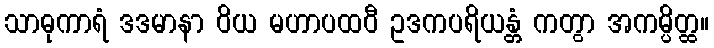
သာဓုကာရံ ဒဒမာနာ ဝိယ မဟာပထဝီ ဥဒကပရိယန္တံ ကတွာ အကမ္ပိတ္ထ။